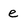
Character: e